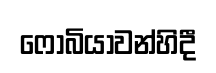
ෆෝබියාවන්හිදී